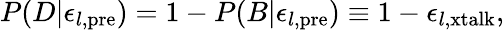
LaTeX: P(D|\epsilon_{l\mathrm{,pre}})=1-P(B|\epsilon_{l\mathrm{,pre}})\equiv 1-\epsilon_{l,\mathrm{xtalk}},